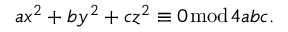
a x ^ { 2 } + b y ^ { 2 } + c z ^ { 2 } \equiv 0 { \bmod { 4 a b c } } .